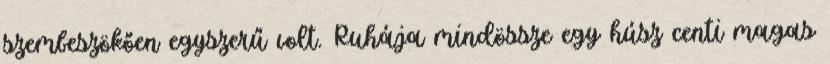
szembeszökően egyszerű volt. Ruhája mindössze egy húsz centi magas